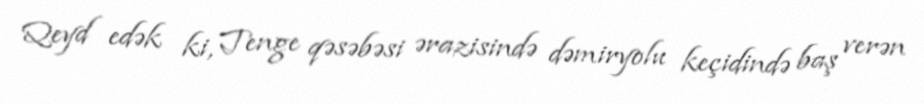
Qeyd edək ki, Tenge qəsəbəsi ərazisində dəmiryolu keçidində baş verən